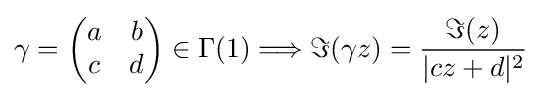
\gamma ={\begin{pmatrix}a&b\\c&d\\\end{pmatrix}}\in \Gamma (1)\Longrightarrow \Im (\gamma z)={\frac {\Im (z)}{|cz+d|^{2}}}